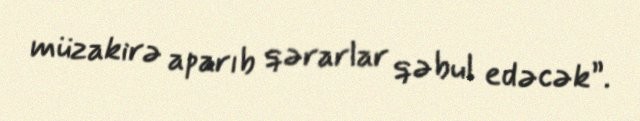
müzakirə aparıb qərarlar qəbul edəcək”.